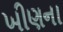
ખીણના